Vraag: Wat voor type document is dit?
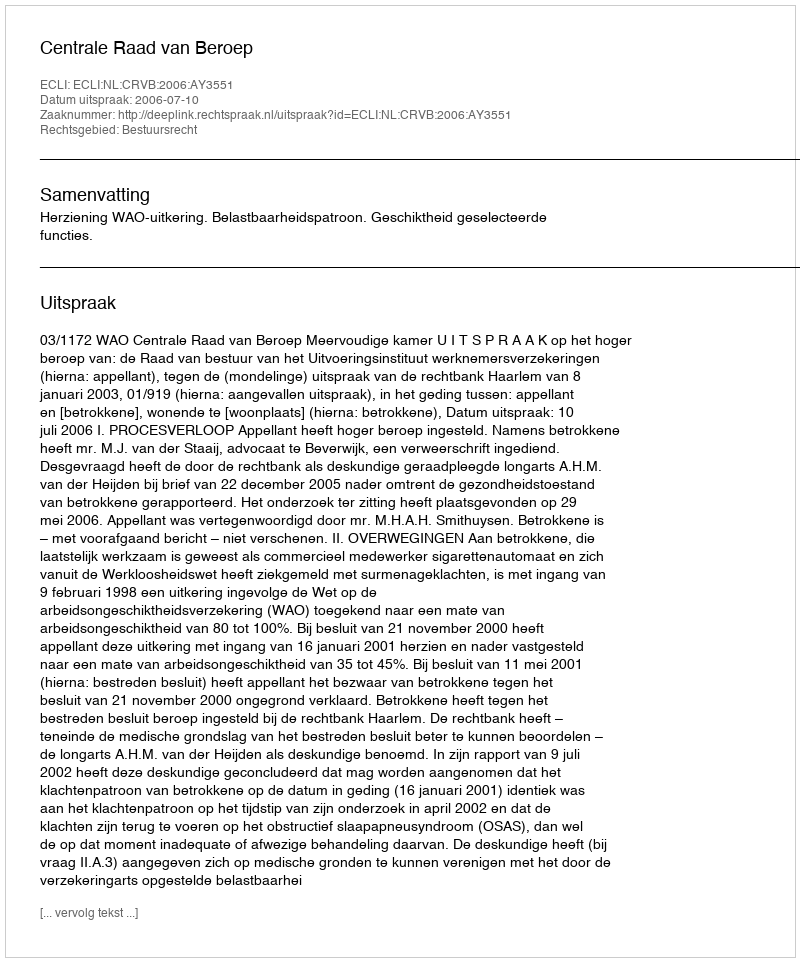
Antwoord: Uitspraak